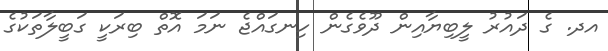
އދ. ގެ ދައުރު ލީބިޔާއިން ދޫވެގެން ހިނގައްޖެ ނަމަ އޮތް ބިރަކީ ގަބީލާތަކުގެ